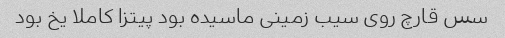
سس قارچ روی سیب زمینی ماسیده بود پیتزا کاملا یخ بود